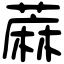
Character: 蔴